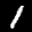
Label: 1